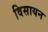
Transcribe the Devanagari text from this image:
विसायन